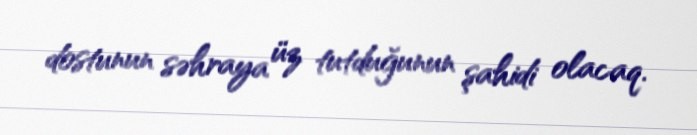
dostunun səhraya üz tutduğunun şahidi olacaq.